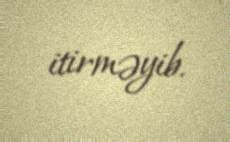
itirməyib.